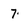
Character: 7